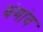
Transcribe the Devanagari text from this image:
बंगांव